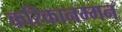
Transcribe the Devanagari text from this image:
करिकानम्मन